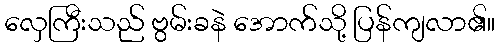
လှေကြီးသည် ဗွမ်းခနဲ အောက်သို့ ပြန်ကျလာ၏။